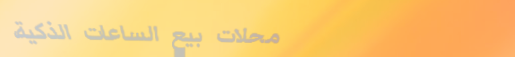
محلات بيع الساعات الذكية،